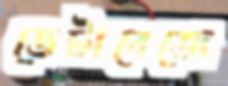
ডেটাবেজে